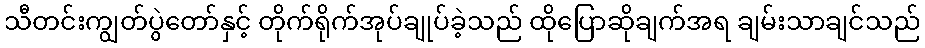
သီတင်းကျွတ်ပွဲတော်နှင့် တိုက်ရိုက်အုပ်ချုပ်ခဲ့သည် ထိုပြောဆိုချက်အရ ချမ်းသာချင်သည်